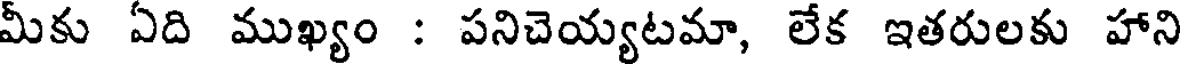
మీకు ఏది ముఖ్యం : పనిచెయ్యటమా, లేక ఇతరులకు హాని